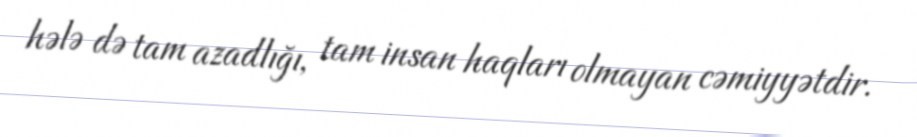
hələ də tam azadlığı, tam insan haqları olmayan cəmiyyətdir.